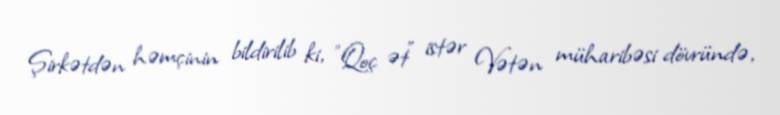
Şirkətdən həmçinin bildirilib ki, "Qoç ət" istər Vətən müharibəsi dövründə,